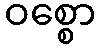
ဝစ္စော